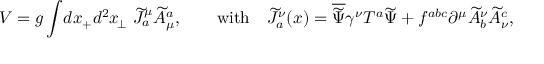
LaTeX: V = g \int \! d x _ { + } d ^ { 2 } x _ { \! \perp } \ \widetilde J _ { a } ^ { \mu } \widetilde A _ { \mu } ^ { a } , \qquad \mathrm { w i t h } \quad \widetilde J _ { a } ^ { \nu } ( x ) = \overline { { { \widetilde \Psi } } } \gamma ^ { \nu } T ^ { a } \widetilde \Psi + f ^ { a b c } \partial ^ { \mu } \widetilde A _ { b } ^ { \nu } \widetilde A _ { \nu } ^ { c } ,